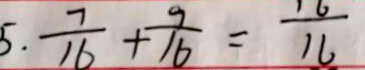
5 . \frac { 7 } { 1 6 } + \frac { 9 } { 1 6 } = \frac { 1 6 } { 1 6 }